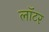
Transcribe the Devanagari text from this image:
लॉटर